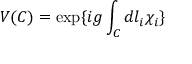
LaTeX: V ( C ) = \exp \{ i g \int _ { C } d l _ { i } \chi _ { i } \}